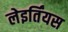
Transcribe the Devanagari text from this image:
लेइर्तिंयस